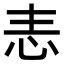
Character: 𢗣